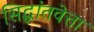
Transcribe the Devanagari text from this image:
सिद्धांतवेत्ता